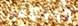
المتهمين